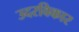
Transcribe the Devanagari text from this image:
उदरविकार